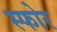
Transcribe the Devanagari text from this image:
स्फोर